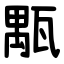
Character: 㼴